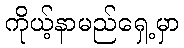
ကိုယ့်နာမည်ရှေ့မှာ